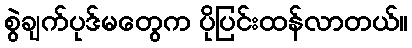
စွဲချက်ပုဒ်မတွေက ပိုပြင်းထန်လာတယ်။